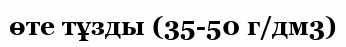
өте тұзды (35-50 г/дм3)